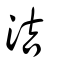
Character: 洁